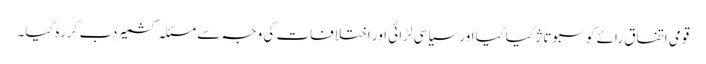
قومی اتفاق رائے کو سبوتاژ کیا گیا اور سیاسی لڑائی اور اختلافات کی وجہ سے مسئلہ کشمیر دب کر رہ گیا۔